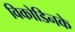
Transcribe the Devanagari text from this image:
विकोडिनके